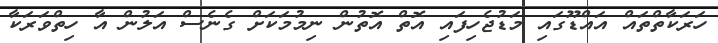
ހަރަކާތްތައް އައްޑޫގައި މަޑުޖެހިފައި އޮތް އޮތުން ނިމުމަކަށް ގެނެސް އަލުން އާ ހިތްވަރަކާ